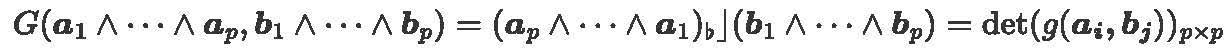
\[ G(\boldsymbol{a}_1 \wedge \cdots \wedge \boldsymbol{a}_p, \boldsymbol{b}_1 \wedge \cdots \wedge \boldsymbol{b}_p) = (\boldsymbol{a}_p \wedge \cdots \wedge \boldsymbol{a}_1)_{\flat}\rfloor (\boldsymbol{b}_1 \wedge \cdots \wedge \boldsymbol{b}_p) = \det(g(\boldsymbol{a}_i, \boldsymbol{b}_j))_{p \times p} \]